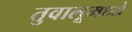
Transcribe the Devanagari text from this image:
तुवालूमध्ये